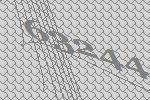
63244